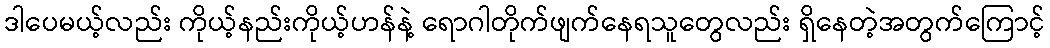
ဒါပေမယ့်လည်း ကိုယ့်နည်းကိုယ့်ဟန်နဲ့ ရောဂါတိုက်ဖျက်နေရသူတွေလည်း ရှိနေတဲ့အတွက်ကြောင့်